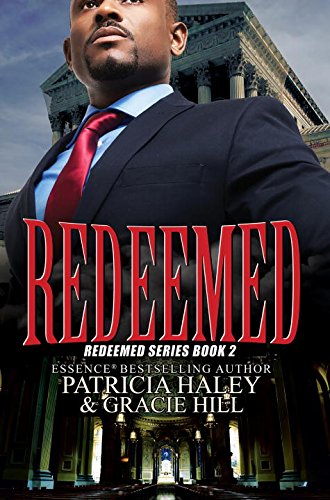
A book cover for Redeemed: Redeemed Series Book 2; Patricia Haley; Literature & Fiction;